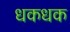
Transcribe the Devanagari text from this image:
धकधक